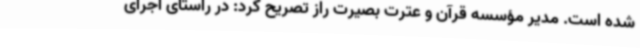
شده است. مدیر مؤسسه قرآن و عترت بصیرت راز تصریح کرد: در راستای اجرای